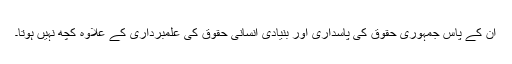
ان کے پاس جمہوری حقوق کی پاسداری اور بنیادی انسانی حقوق کی علمبرداری کے علاوہ کچھ نہیں ہوتا۔